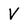
Character: V